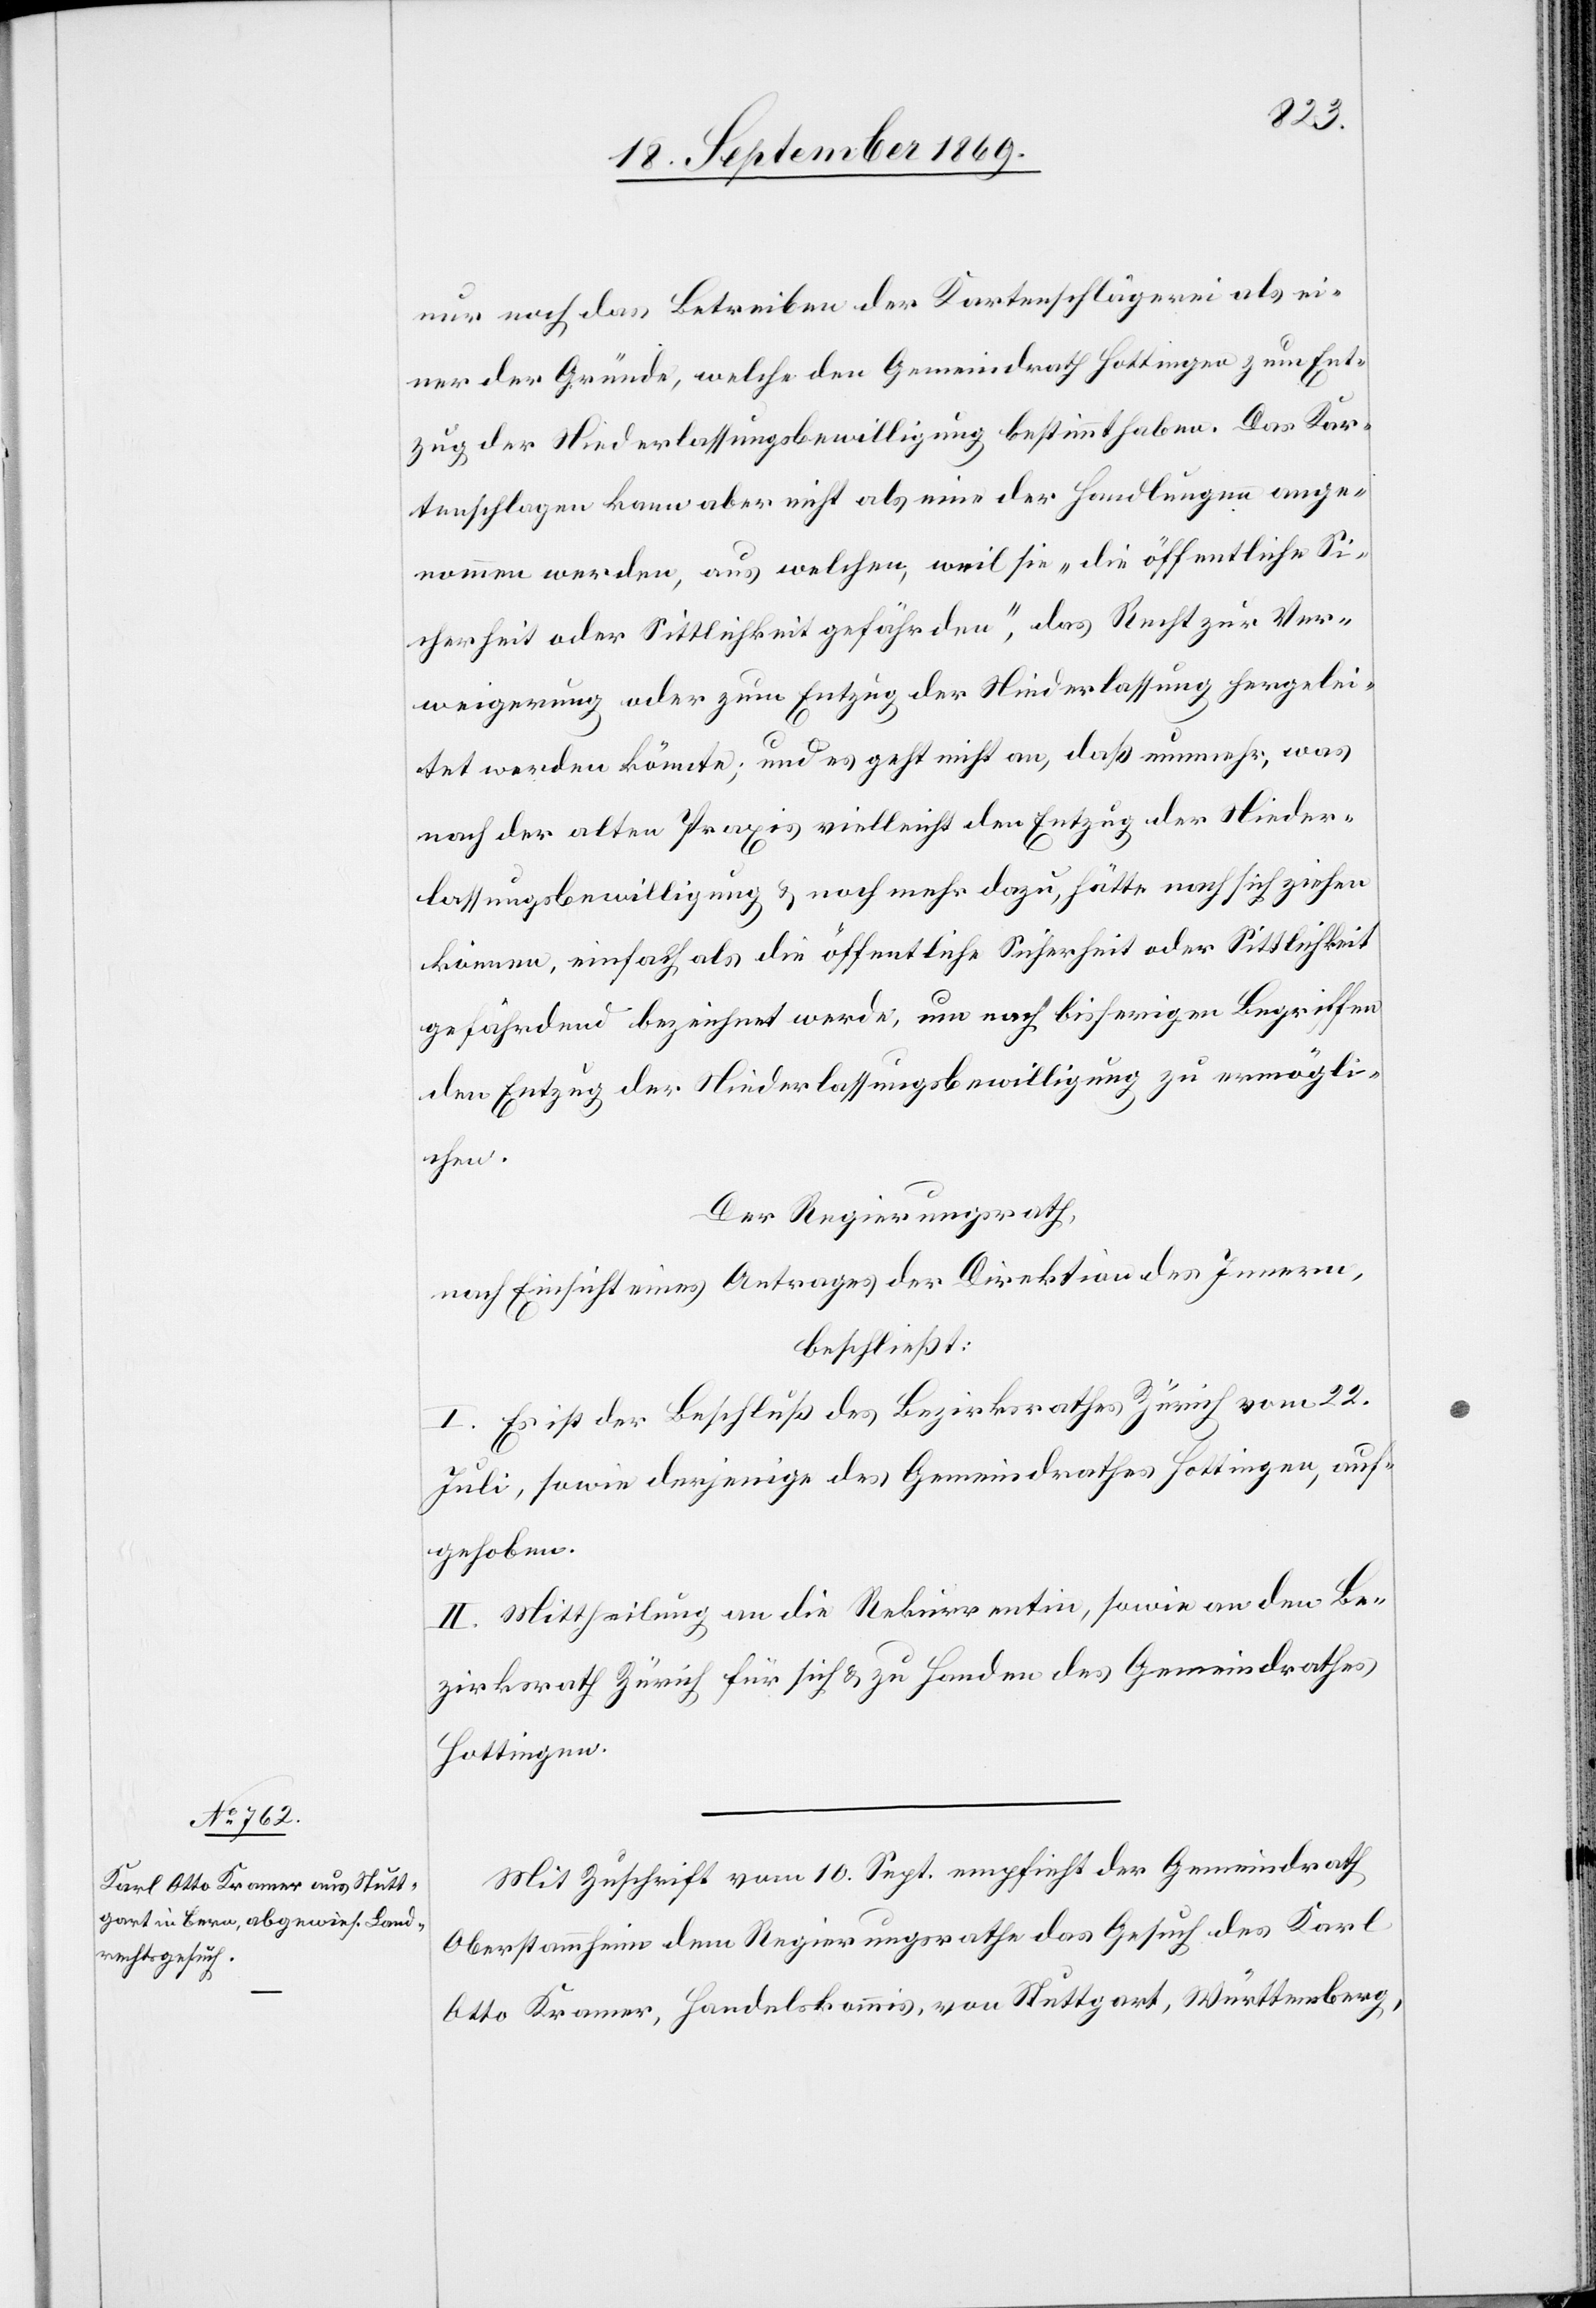
nur noch das Betreiben der Kartenschlägerei als ei¬
ner der Gründe, welche den Gemeindrath Hottingen zum Ent¬
zug der Niederlassungsbewilligung bestimmt haben. Das Kar¬
tenschlagen kann aber nicht als eine der Handlungen ange¬
nommen werden, aus welchen, weil sie „die öffentliche Si¬
cherheit oder Sittlichkeit gefährden“, das Recht zur Ver¬
weigerung oder zum Entzug der Niederlassung hergelei¬
tet werden könnte; und es geht nicht an, daß nunmehr, was
nach der alten Praxis vielleicht den Entzug der Nieder¬
lassungsbewilligung & noch mehr dazu, hätte nach sich ziehen
können, einfach als die öffentliche Sicherheit oder Sittlichkeit
gefährdend bezeichnet werde, um nach bisherigen Begriffen
den Entzug der Niederlassungsbewilligung zu ermögli¬
chen.
Der Regierungsrath,
nach Einsicht eines Antrages der Direktion des Innern,
beschließt:
I. Es ist der Beschluß des Bezirksrathes Zürich vom 22.
Juli, sowie derjenige des Gemeindrathes Hottingen, auf¬
gehoben.
II. Mittheilung an die Rekurrentin, sowie an den Be¬
zirksrath Zürich für sich & zu Handen des Gemeindrathes
Hottingen.
Mit Zuschrift vom vom 10. Sept. empfieh[l]t der Gemeindrath
Oberstammheim dem Regierungsrathe das Gesuch des Karl
Otto Kramer, Handelskommis, von Stuttgart, Württemberg,